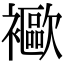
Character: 𧞨